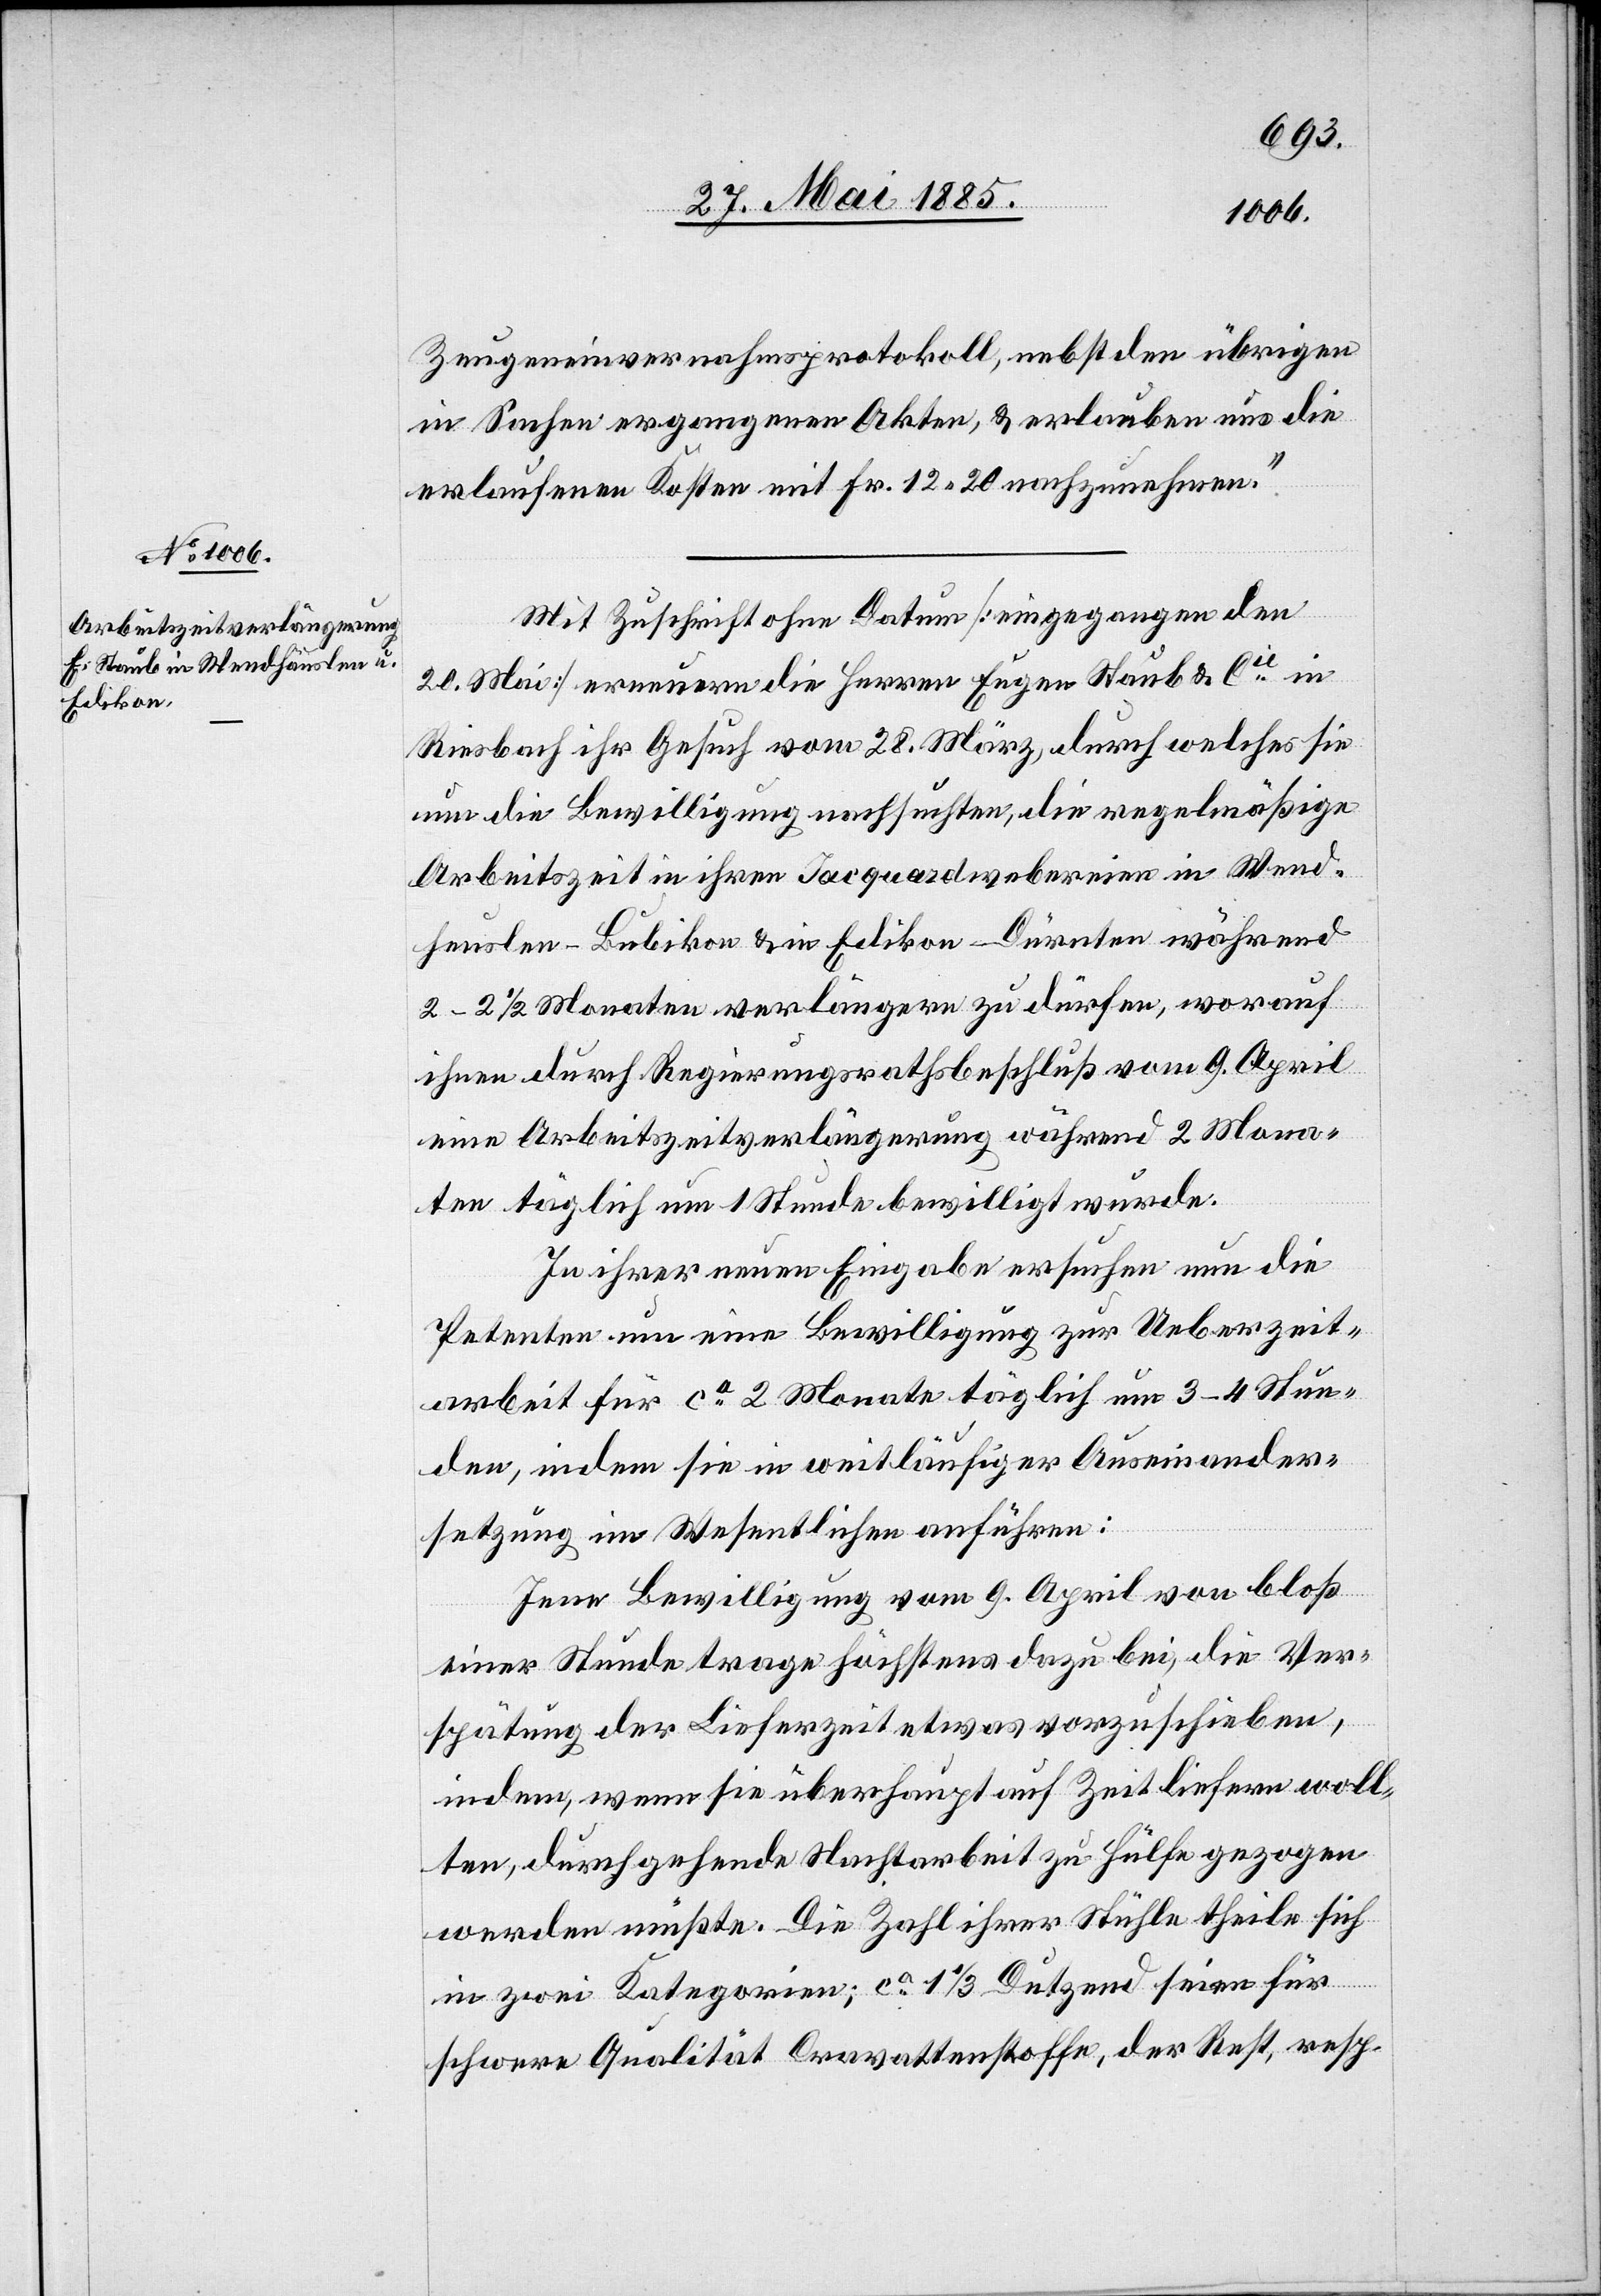
Zeugeneinvernahmsprotokoll, nebst den übrigen
in Sachen ergangenen Akten, & erlauben uns die
erlaufenen Kosten mit Fr. 12 20 nachzunehmen.“
Mit Zuschriften ohne Datum [eingegangen den
20. Mai] erneuern die Herren Eugen Staub & Cie in
Riesbach ihr Gesuch vom 28. März, durch welches sie
um die Bewilligung nachsuchten, die regelmäßige
Arbeitszeit in ihren Jacquardwebereien in Wend¬
heuslen [sic!] - Bubikon & in Edikon - Dürnten während
2–2 1/2 Monaten verlängern zu dürfen, worauf
ihnen durch Regierungsrathsbeschluß vom 9. April
eine Arbeitszeitverlängerung während 2 Mona¬
ten täglich um 1 Stunde bewilligt wurde.
In ihrer neuen Eingabe ersuchen nun die
Petenten um eine Bewilligung zur Ueberzeit¬
arbeit für ca 2 Monate täglich um 3–4 Stun¬
den, indem sie in weitläufiger Auseinander¬
setzung im Wesentlichen anführen:
Jene Bewilligung vom 9. April von bloß
einer Stunde trage höchstens dazu bei, die Ver¬
spätung der Lieferzeit etwas vorzuschieben,
indem, wenn sie überhaupt auf Zeit liefern woll¬
ten, durchgehende Nachtarbeit zu Hülfe gezogen
werden müßte. Die Zahl ihrer Stühle theile sich
in zwei Kategorien; ca 1 1/3 Dutzend seien für
schwere Qualität Cravattenstoffe, der Rest, resp.